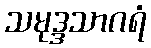
သမုဒ္ဒသာဂရံ